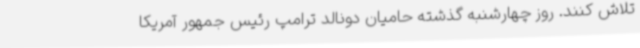
تلاش کنند. روز چهارشنبه گذشته حامیان دونالد ترامپ رئیس جمهور آمریکا